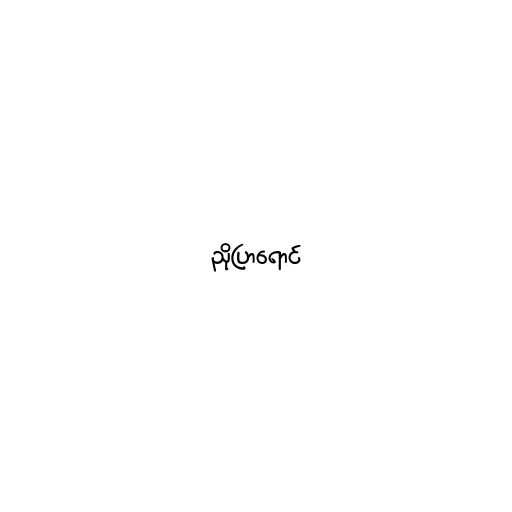
ညိုပြာရောင်